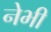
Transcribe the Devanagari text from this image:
नेभी